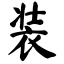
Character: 装